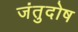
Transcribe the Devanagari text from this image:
जंतुदोष